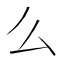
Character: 么